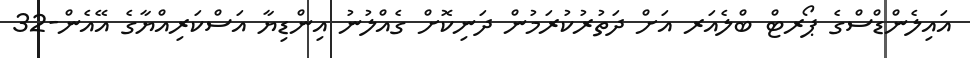
އައިލެންޑްސްގެ ޕޯރޓް ބްލެއަރ އަށް ދަތުރުކުރަމުން ދަނިކޮށް ގެއްލުނު އިންޑިޔާ އަސްކަރިއްޔާގެ އޭއެން-32